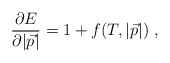
\begin{align*}\frac{\partial E}{\partial |{\vec p}|}=1 + f(T, |{\vec p}|)~, \end{align*}